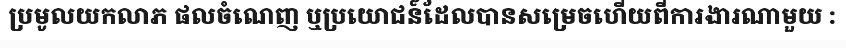
ប្រមូលយកលាភ ផលចំណេញ ឬប្រយោជន៍ដែលបានសម្រេចហើយពីការងារណាមួយ :